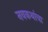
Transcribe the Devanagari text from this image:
नवकथांचा